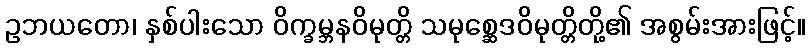
ဥဘယတော၊ နှစ်ပါးသော ဝိက္ခမ္ဘနဝိမုတ္တိ သမုစ္ဆေဒဝိမုတ္တိတို့၏ အစွမ်းအားဖြင့်။